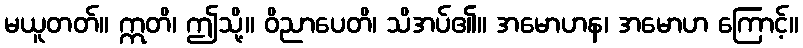
မယူတတ်။ ဣတိ၊ ဤသို့။ ဝိညာပေတိ၊ သိအပ်၏။ အမောဟန၊ အမောဟ ကြောင့်။